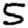
Digit: 5